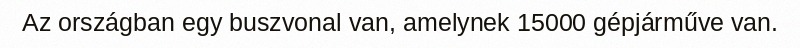
Az országban egy buszvonal van, amelynek 15000 gépjárműve van.